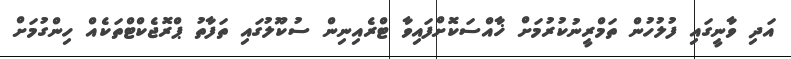
އަދި ވާނީގައި ފުލުހުން ތަމްރީނުކުރުމަށް ޚާއްސަކޮށްފައިވާ ޓްރެއިނިން ސުކޫލުގައި ތަފާތު ޕްރޮޖެކްޓްތަކެއް ހިންގުމަށް